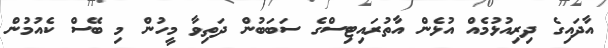
އާދައިގެ ދިރިއުޅުމެއް އުޅެން އާތުރައިޓިސްގެ ސަބަބުން ދަތިވާ މީހުން މި ބޭސް ކެއުމުން